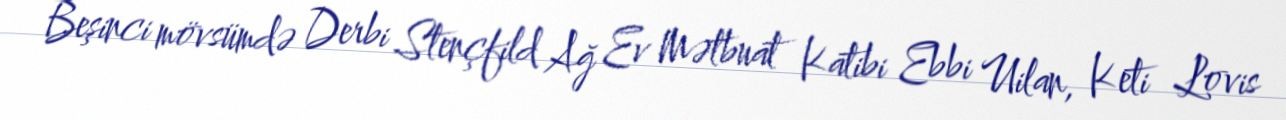
Beşinci mövsümdə Derbi Stençfild Ağ Ev Mətbuat Katibi Ebbi Uilan, Keti Lovis